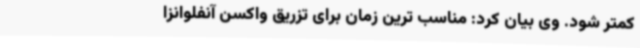
کمتر شود. وی بیان کرد: مناسب ترین زمان برای تزریق واکسن آنفلوانزا